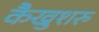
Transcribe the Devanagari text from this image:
कैखुशरु